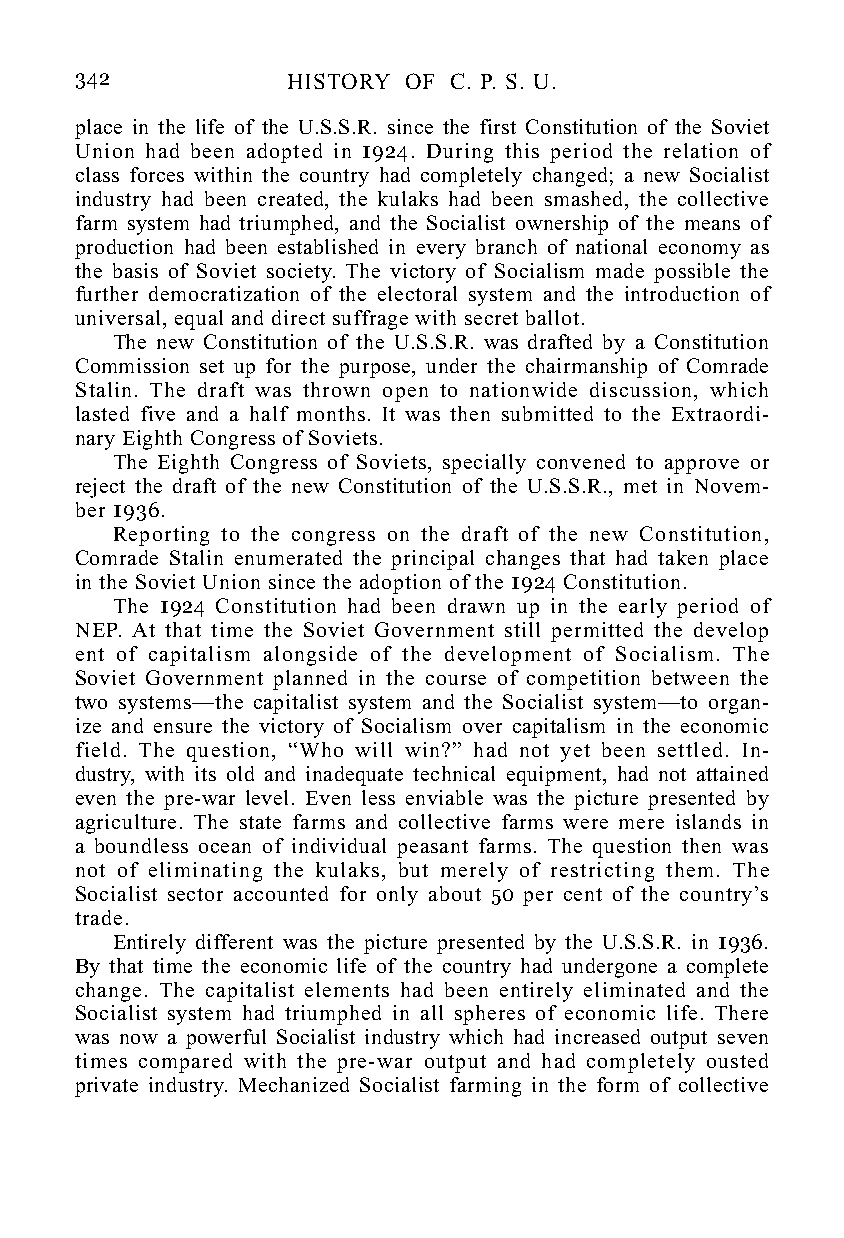
342           HISTORY OF C. P. S. U.
 place in the life of the U.S.S.R. since the first Constitution of the Soviet
 Union had been adopted in 1924. During this period the relation of
 class forces within the country had completely changed; a new Socialist
 industry had been created, the kulaks had been smashed, the collective
 farm system had triumphed, and the Socialist ownership of the means of
 production had been established in every branch of national economy as
 the basis of Soviet society. The victory of Socialism made possible the
 further democratization of the electoral system and the introduction of
 universal, equal and direct suffrage with secret ballot.
 The new Constitution of the U.S.S.R. was drafted by a Constitution
 Commission set up for the purpose, under the chairmanship of Comrade
 Stalin. The draft was thrown open to nationwide discussion, which
 lasted five and a half months. It was then submitted to the Extraordi-
 nary Eighth Congress of Soviets.
 The Eighth Congress of Soviets, specially convened to approve or
 reject the draft of the new Constitution of the U.S.S.R., met in Novem-
 ber 1936.
 Reporting to the congress on the draft of the new Constitution,
 Comrade Stalin enumerated the principal changes that had taken place
 in the Soviet Union since the adoption of the 1924 Constitution.
 The 1924 Constitution had been drawn up in the early period of
 NEP. At that time the Soviet Government still permitted the develop
 ent of capitalism alongside of the development of Socialism. The
 Soviet Government planned in the course of competition between the
 two systems—the capitalist system and the Socialist system—to organ-
 ize and ensure the victory of Socialism over capitalism in the economic
 field. The question, “Who will win?” had not yet been settled. In-
 dustry, with its old and inadequate technical equipment, had not attained
 even the pre-war level. Even less enviable was the picture presented by
 agriculture. The state farms and collective farms were mere islands in
 a boundless ocean of individual peasant farms. The question then was
 not of eliminating the kulaks, but merely of restricting them. The
 Socialist sector accounted for only about 50 per cent of the country’s
 trade.
 Entirely different was the picture presented by the U.S.S.R. in 1936.
 By that time the economic life of the country had undergone a complete
 change. The capitalist elements had been entirely eliminated and the
 Socialist system had triumphed in all spheres of economic life. There
 was now a powerful Socialist industry which had increased output seven
 times compared with the pre-war output and had completely ousted
 private industry. Mechanized Socialist farming in the form of collective